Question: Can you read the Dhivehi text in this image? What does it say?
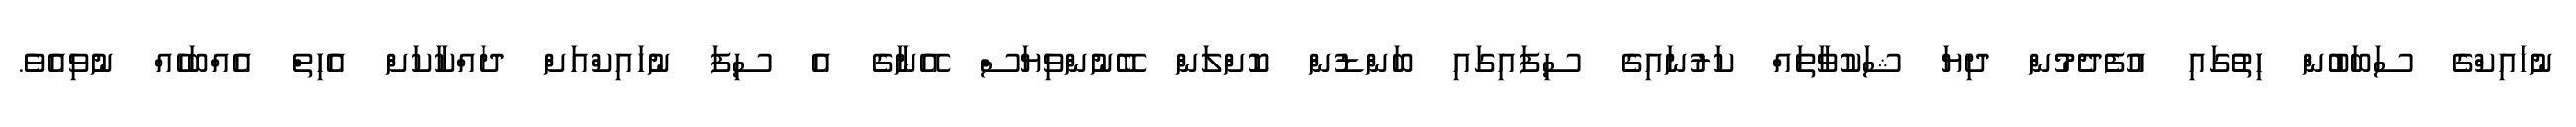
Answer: ނުހައިކްގެ ސަބަބުން ހިތުގައި އުފެދެމުން ދިޔަ ޝަކުވާތައް ކަރުނައިގެ ސިފައިގައި ބަންޑުން ކޮށްލަން ބޭނުންވިޔަސް އޭނާގެ އެ ސިފަ ނުހައިކްއަށް ދައްކާކަށް އެހިތް އެއްބަހެއް ނުވިއެވެ.